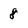
Character: 8